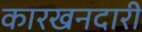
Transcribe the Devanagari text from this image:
कारखनदारी